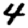
Digit: 4